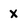
Character: X